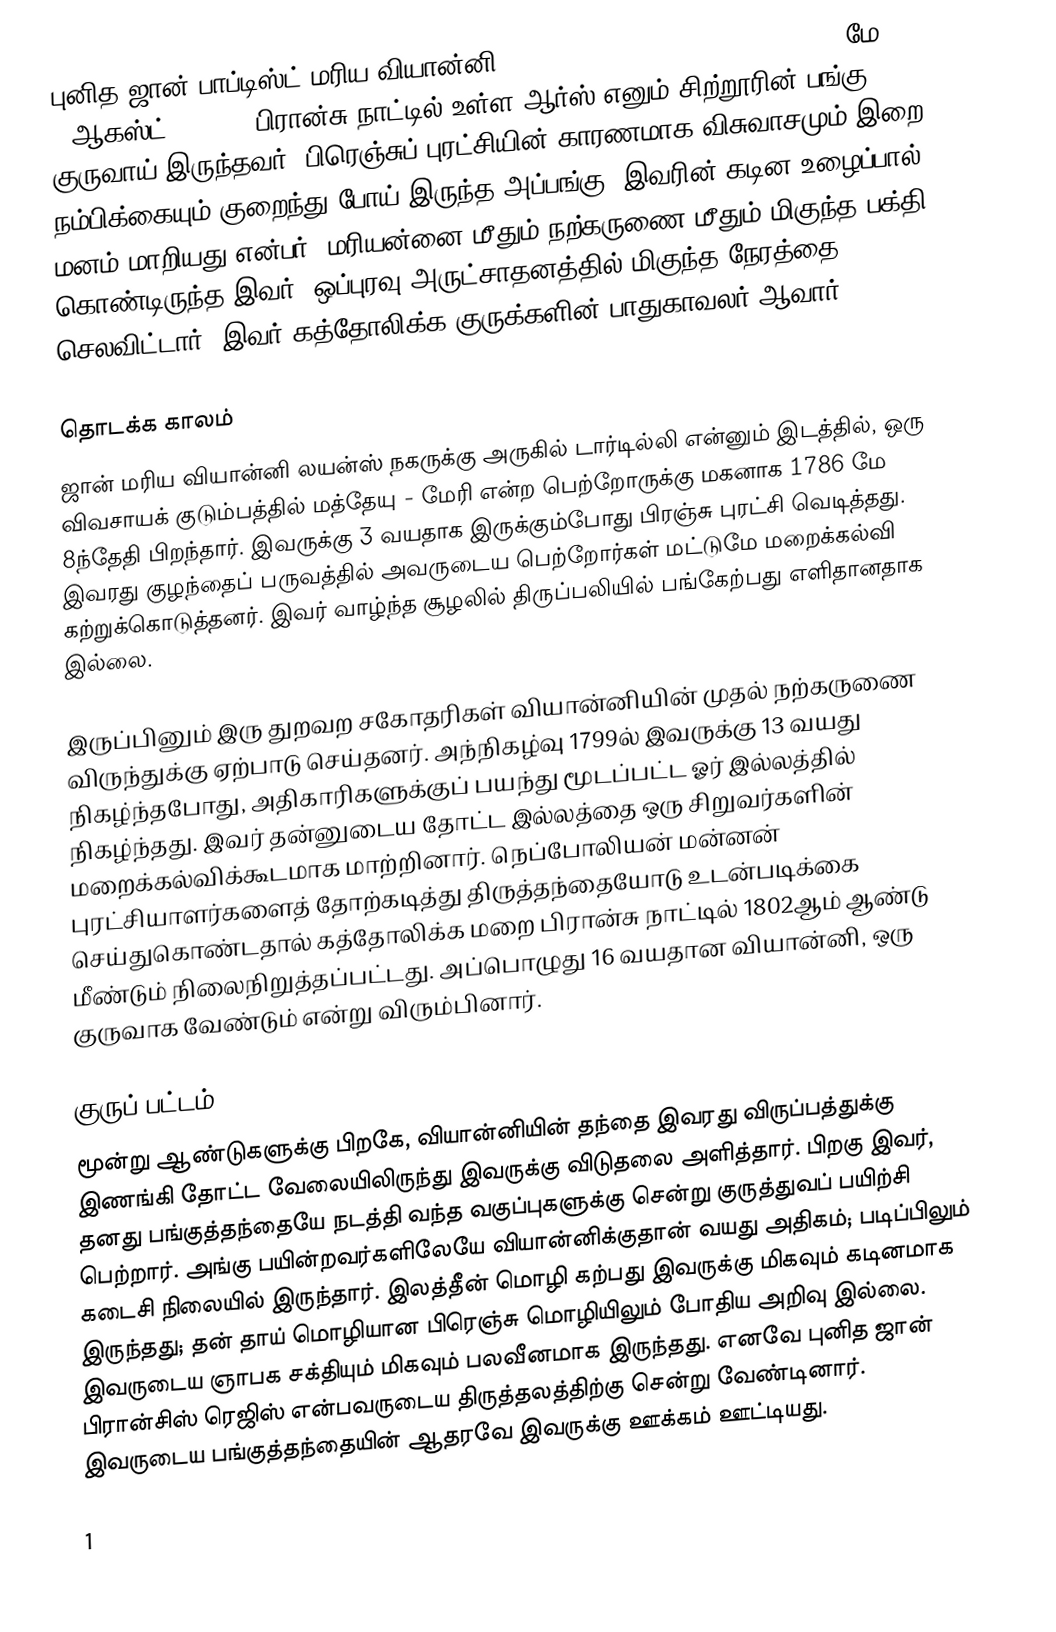
புனித ஜான் பாப்டிஸ்ட் மரிய வியான்னி (Saint John Baptist Mary Vianney, மே 8 1786 - ஆகஸ்ட் 4 1859) பிரான்சு நாட்டில் உள்ள ஆர்ஸ் எனும் சிற்றூரின் பங்கு குருவாய் இருந்தவர். பிரெஞ்சுப் புரட்சியின் காரணமாக விசுவாசமும் இறை நம்பிக்கையும் குறைந்து போய் இருந்த அப்பங்கு, இவரின் கடின உழைப்பால் மனம் மாறியது என்பர். மரியன்னை மீதும் நற்கருணை மீதும் மிகுந்த பக்தி கொண்டிருந்த இவர், ஒப்புரவு அருட்சாதனத்தில் மிகுந்த நேரத்தை செலவிட்டார். இவர் கத்தோலிக்க குருக்களின் பாதுகாவலர் ஆவார்.

தொடக்க காலம்
ஜான் மரிய வியான்னி லயன்ஸ் நகருக்கு அருகில் டார்டில்லி என்னும் இடத்தில், ஒரு விவசாயக் குடும்பத்தில் மத்தேயு - மேரி என்ற பெற்றோருக்கு மகனாக 1786 மே 8ந்தேதி பிறந்தார். இவருக்கு 3 வயதாக இருக்கும்போது பிரஞ்சு புரட்சி வெடித்தது. இவரது குழந்தைப் பருவத்தில் அவருடைய பெற்றோர்கள் மட்டுமே மறைக்கல்வி கற்றுக்கொடுத்தனர். இவர் வாழ்ந்த சூழலில் திருப்பலியில் பங்கேற்பது எளிதானதாக இல்லை.

இருப்பினும் இரு துறவற சகோதரிகள் வியான்னியின் முதல் நற்கருணை விருந்துக்கு ஏற்பாடு செய்தனர். அந்நிகழ்வு 1799ல் இவருக்கு 13 வயது நிகழ்ந்தபோது, அதிகாரிகளுக்குப் பயந்து மூடப்பட்ட ஓர் இல்லத்தில் நிகழ்ந்தது. இவர் தன்னுடைய தோட்ட இல்லத்தை ஒரு சிறுவர்களின் மறைக்கல்விக்கூடமாக மாற்றினார். நெப்போலியன் மன்னன் புரட்சியாளர்களைத் தோற்கடித்து திருத்தந்தையோடு உடன்படிக்கை செய்துகொண்டதால் கத்தோலிக்க மறை பிரான்சு நாட்டில் 1802ஆம் ஆண்டு மீண்டும் நிலைநிறுத்தப்பட்டது. அப்பொழுது 16 வயதான வியான்னி, ஒரு குருவாக வேண்டும் என்று விரும்பினார்.

குருப் பட்டம்
மூன்று ஆண்டுகளுக்கு பிறகே, வியான்னியின் தந்தை இவரது விருப்பத்துக்கு இணங்கி தோட்ட வேலையிலிருந்து இவருக்கு விடுதலை அளித்தார். பிறகு இவர், தனது பங்குத்தந்தையே நடத்தி வந்த வகுப்புகளுக்கு சென்று குருத்துவப் பயிற்சி பெற்றார். அங்கு பயின்றவர்களிலேயே வியான்னிக்குதான் வயது அதிகம்; படிப்பிலும் கடைசி நிலையில் இருந்தார். இலத்தீன் மொழி கற்பது இவருக்கு மிகவும் கடினமாக இருந்தது; தன் தாய் மொழியான பிரெஞ்சு மொழியிலும் போதிய அறிவு இல்லை. இவருடைய ஞாபக சக்தியும் மிகவும் பலவீனமாக இருந்தது. எனவே புனித ஜான் பிரான்சிஸ் ரெஜிஸ் என்பவருடைய திருத்தலத்திற்கு சென்று வேண்டினார். இவருடைய பங்குத்தந்தையின் ஆதரவே இவருக்கு ஊக்கம் ஊட்டியது.

1